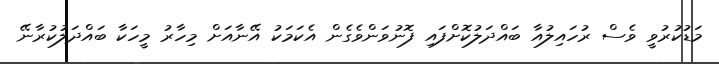
މަޑުކުރުވީ ވެސް ރުހައިލުއާ ބައްދަލުކޮށްފައި ފޮނުވަންވެގެން އެކަމަކު އޭނާއަށް މިހާރު މީހަކާ ބައްދަލުކުރާނޭ